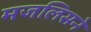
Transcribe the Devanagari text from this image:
मजलिसने